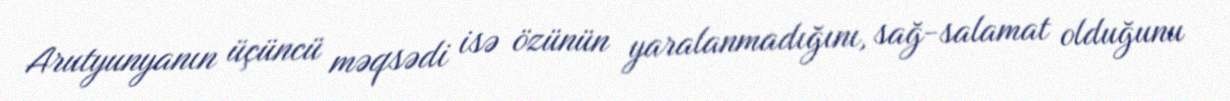
Arutyunyanın üçüncü məqsədi isə özünün yaralanmadığını, sağ-salamat olduğunu